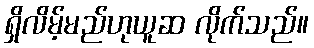
ရှိလိမ့်မည်ဟုယူဆ လိုက်သည်။